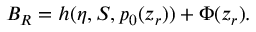
{ \cal B } _ { R } = h ( \eta , S , p _ { 0 } ( z _ { r } ) ) + \Phi ( z _ { r } ) .